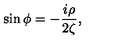
\sin \phi = - \frac { i \rho } { 2 \zeta } ,